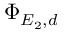
\Phi _ { E _ { 2 } , d }